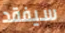
سيفقد